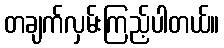
တချက်လှမ်းကြည့်ပါတယ်။